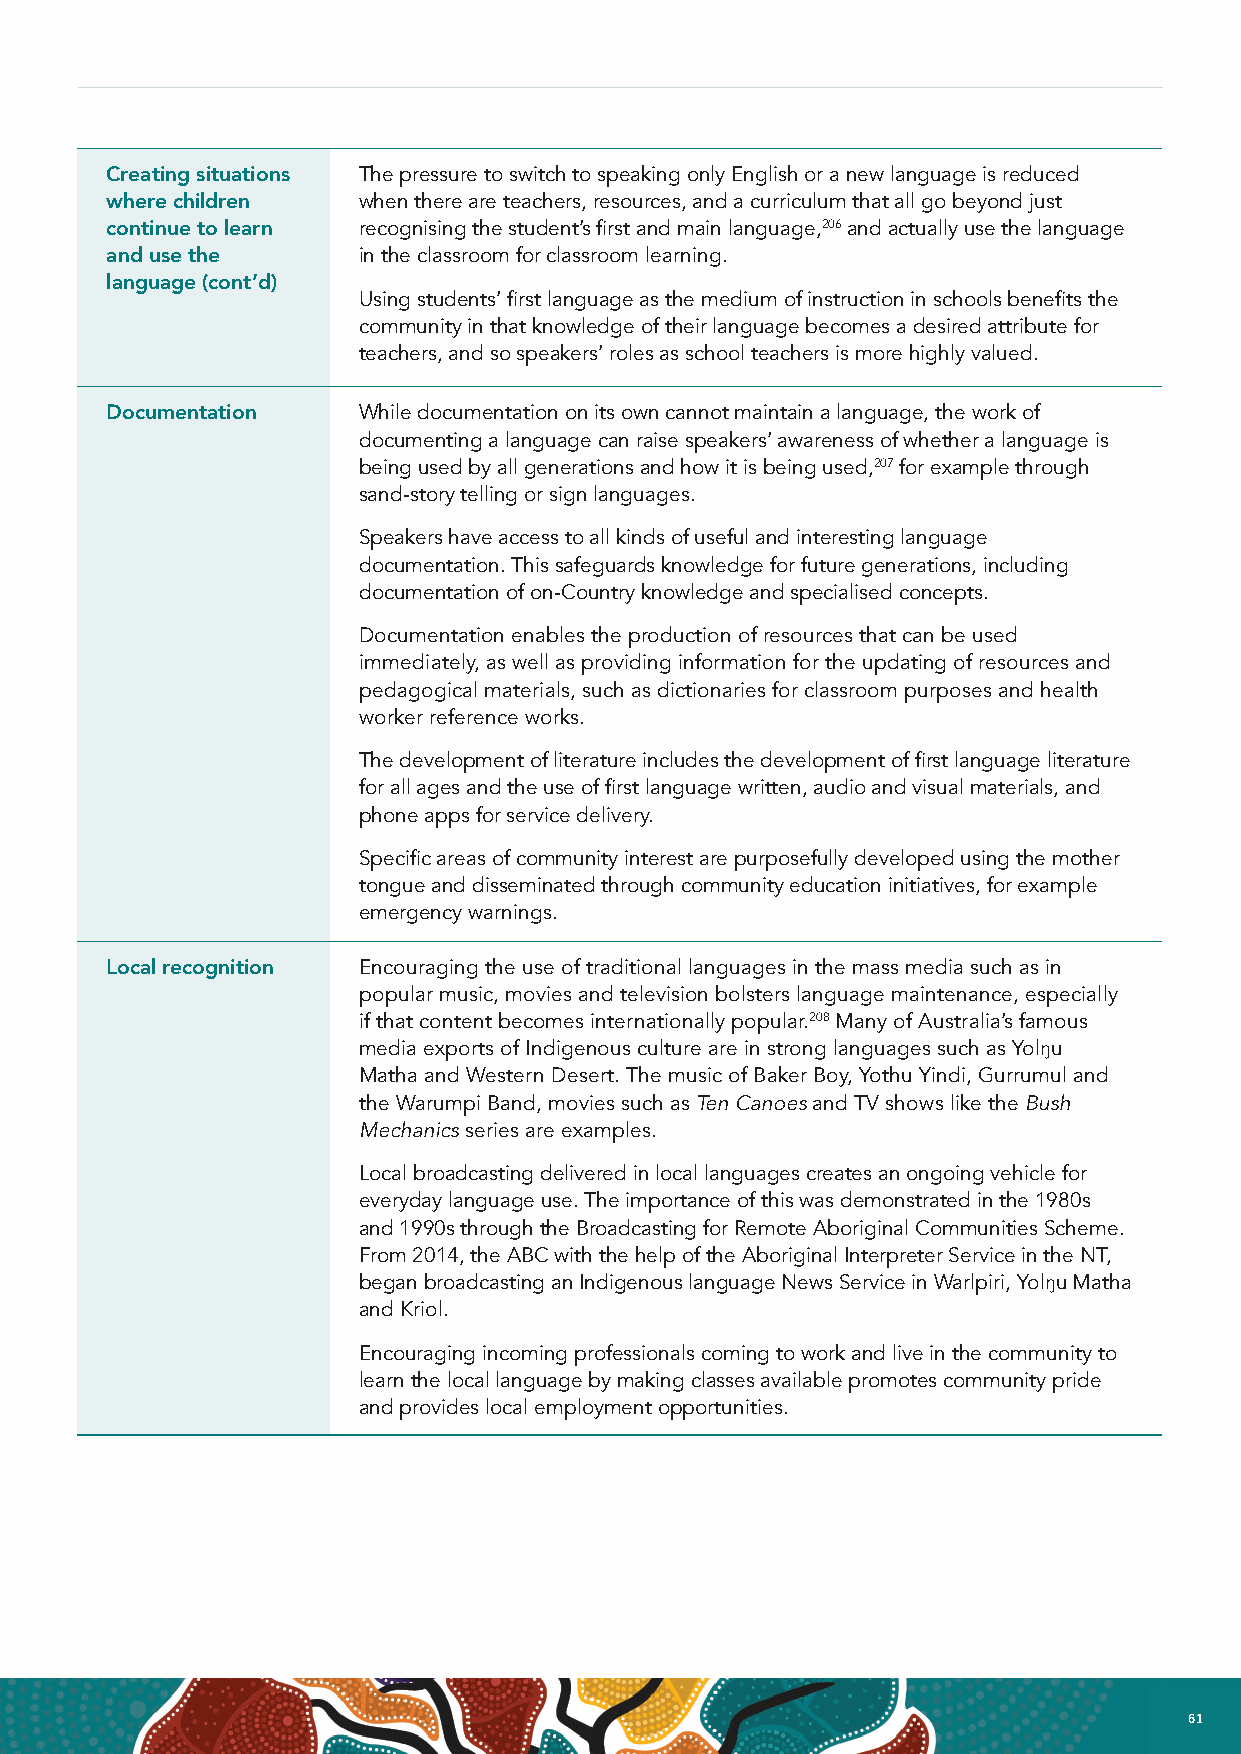
Creating situations The pressure to switch to speaking only English or a new language is reduced
 where children   when there are teachers, resources, and a curriculum that all go beyond just
 continue to learn recognising the student’s first and main language,206 and actually use the language
 and use the      in the classroom for classroom learning.
 language (cont’d)
 Using students’ first language as the medium of instruction in schools benefits the
 community in that knowledge of their language becomes a desired attribute for
 teachers, and so speakers’ roles as school teachers is more highly valued.
 Documentation    While documentation on its own cannot maintain a language, the work of
 documenting a language can raise speakers’ awareness of whether a language is
 being used by all generations and how it is being used,207 for example through
 sand-story telling or sign languages.
 Speakers have access to all kinds of useful and interesting language
 documentation. This safeguards knowledge for future generations, including
 documentation of on-Country knowledge and specialised concepts.
 Documentation enables the production of resources that can be used
 immediately, as well as providing information for the updating of resources and
 pedagogical materials, such as dictionaries for classroom purposes and health
 worker reference works.
 The development of literature includes the development of first language literature
 for all ages and the use of first language written, audio and visual materials, and
 phone apps for service delivery.
 Specific areas of community interest are purposefully developed using the mother
 tongue and disseminated through community education initiatives, for example
 emergency warnings.
 Local recognition Encouraging the use of traditional languages in the mass media such as in
 popular music, movies and television bolsters language maintenance, especially
 if that content becomes internationally popular.208 Many of Australia’s famous
 media exports of Indigenous culture are in strong languages such as Yolŋu
 Matha and Western Desert. The music of Baker Boy, Yothu Yindi, Gurrumul and
 the Warumpi Band, movies such as Ten Canoes and TV shows like the Bush
 Mechanics series are examples.
 Local broadcasting delivered in local languages creates an ongoing vehicle for
 everyday language use. The importance of this was demonstrated in the 1980s
 and 1990s through the Broadcasting for Remote Aboriginal Communities Scheme.
 From 2014, the ABC with the help of the Aboriginal Interpreter Service in the NT,
 began broadcasting an Indigenous language News Service in Warlpiri, Yolŋu Matha
 and Kriol.
 Encouraging incoming professionals coming to work and live in the community to
 learn the local language by making classes available promotes community pride
 and provides local employment opportunities.
 60 NATIONAL INDIGENOUS LANGUAGES REPORT                                        61